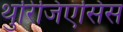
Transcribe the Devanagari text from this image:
थुरिंजिएंसिस